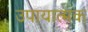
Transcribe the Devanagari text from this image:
उपायात्मक